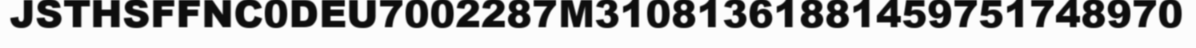
JSTHSFFNC0DEU7002287M31081361881459751748970